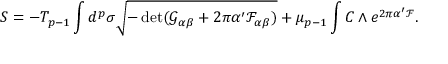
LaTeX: S = - T _ { p - 1 } \int d ^ { p } \sigma \sqrt { - \operatorname * { d e t } ( \mathcal { G } _ { \alpha \beta } + 2 \pi \alpha ^ { \prime } \mathcal { F } _ { \alpha \beta } ) } + \mu _ { p - 1 } \int C \wedge e ^ { 2 \pi \alpha ^ { \prime } \mathcal { F } } .